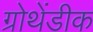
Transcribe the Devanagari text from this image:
ग्रोथेंडीक